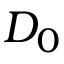
D _ { 0 }